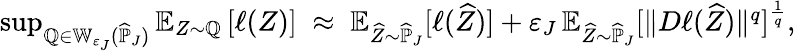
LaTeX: \begin{array}{r}{\operatorname*{sup}_{\mathbb Q\in\mathbb W_{\varepsilon_{J}}(\widehat{\mathbb P}_{J})}\mathbb E_{Z\sim\mathbb Q}\left[\ell(Z)\right]\; \approx\; \mathbb E_{\widehat Z\sim\widehat{\mathbb P}_{J}}[\ell(\widehat Z)]+\varepsilon_{J}\, \mathbb E_{\widehat Z\sim\widehat{\mathbb P}_{J}}[\| D\ell(\widehat Z)\| ^{q}]^{\frac{1}{q}},}\end{array}